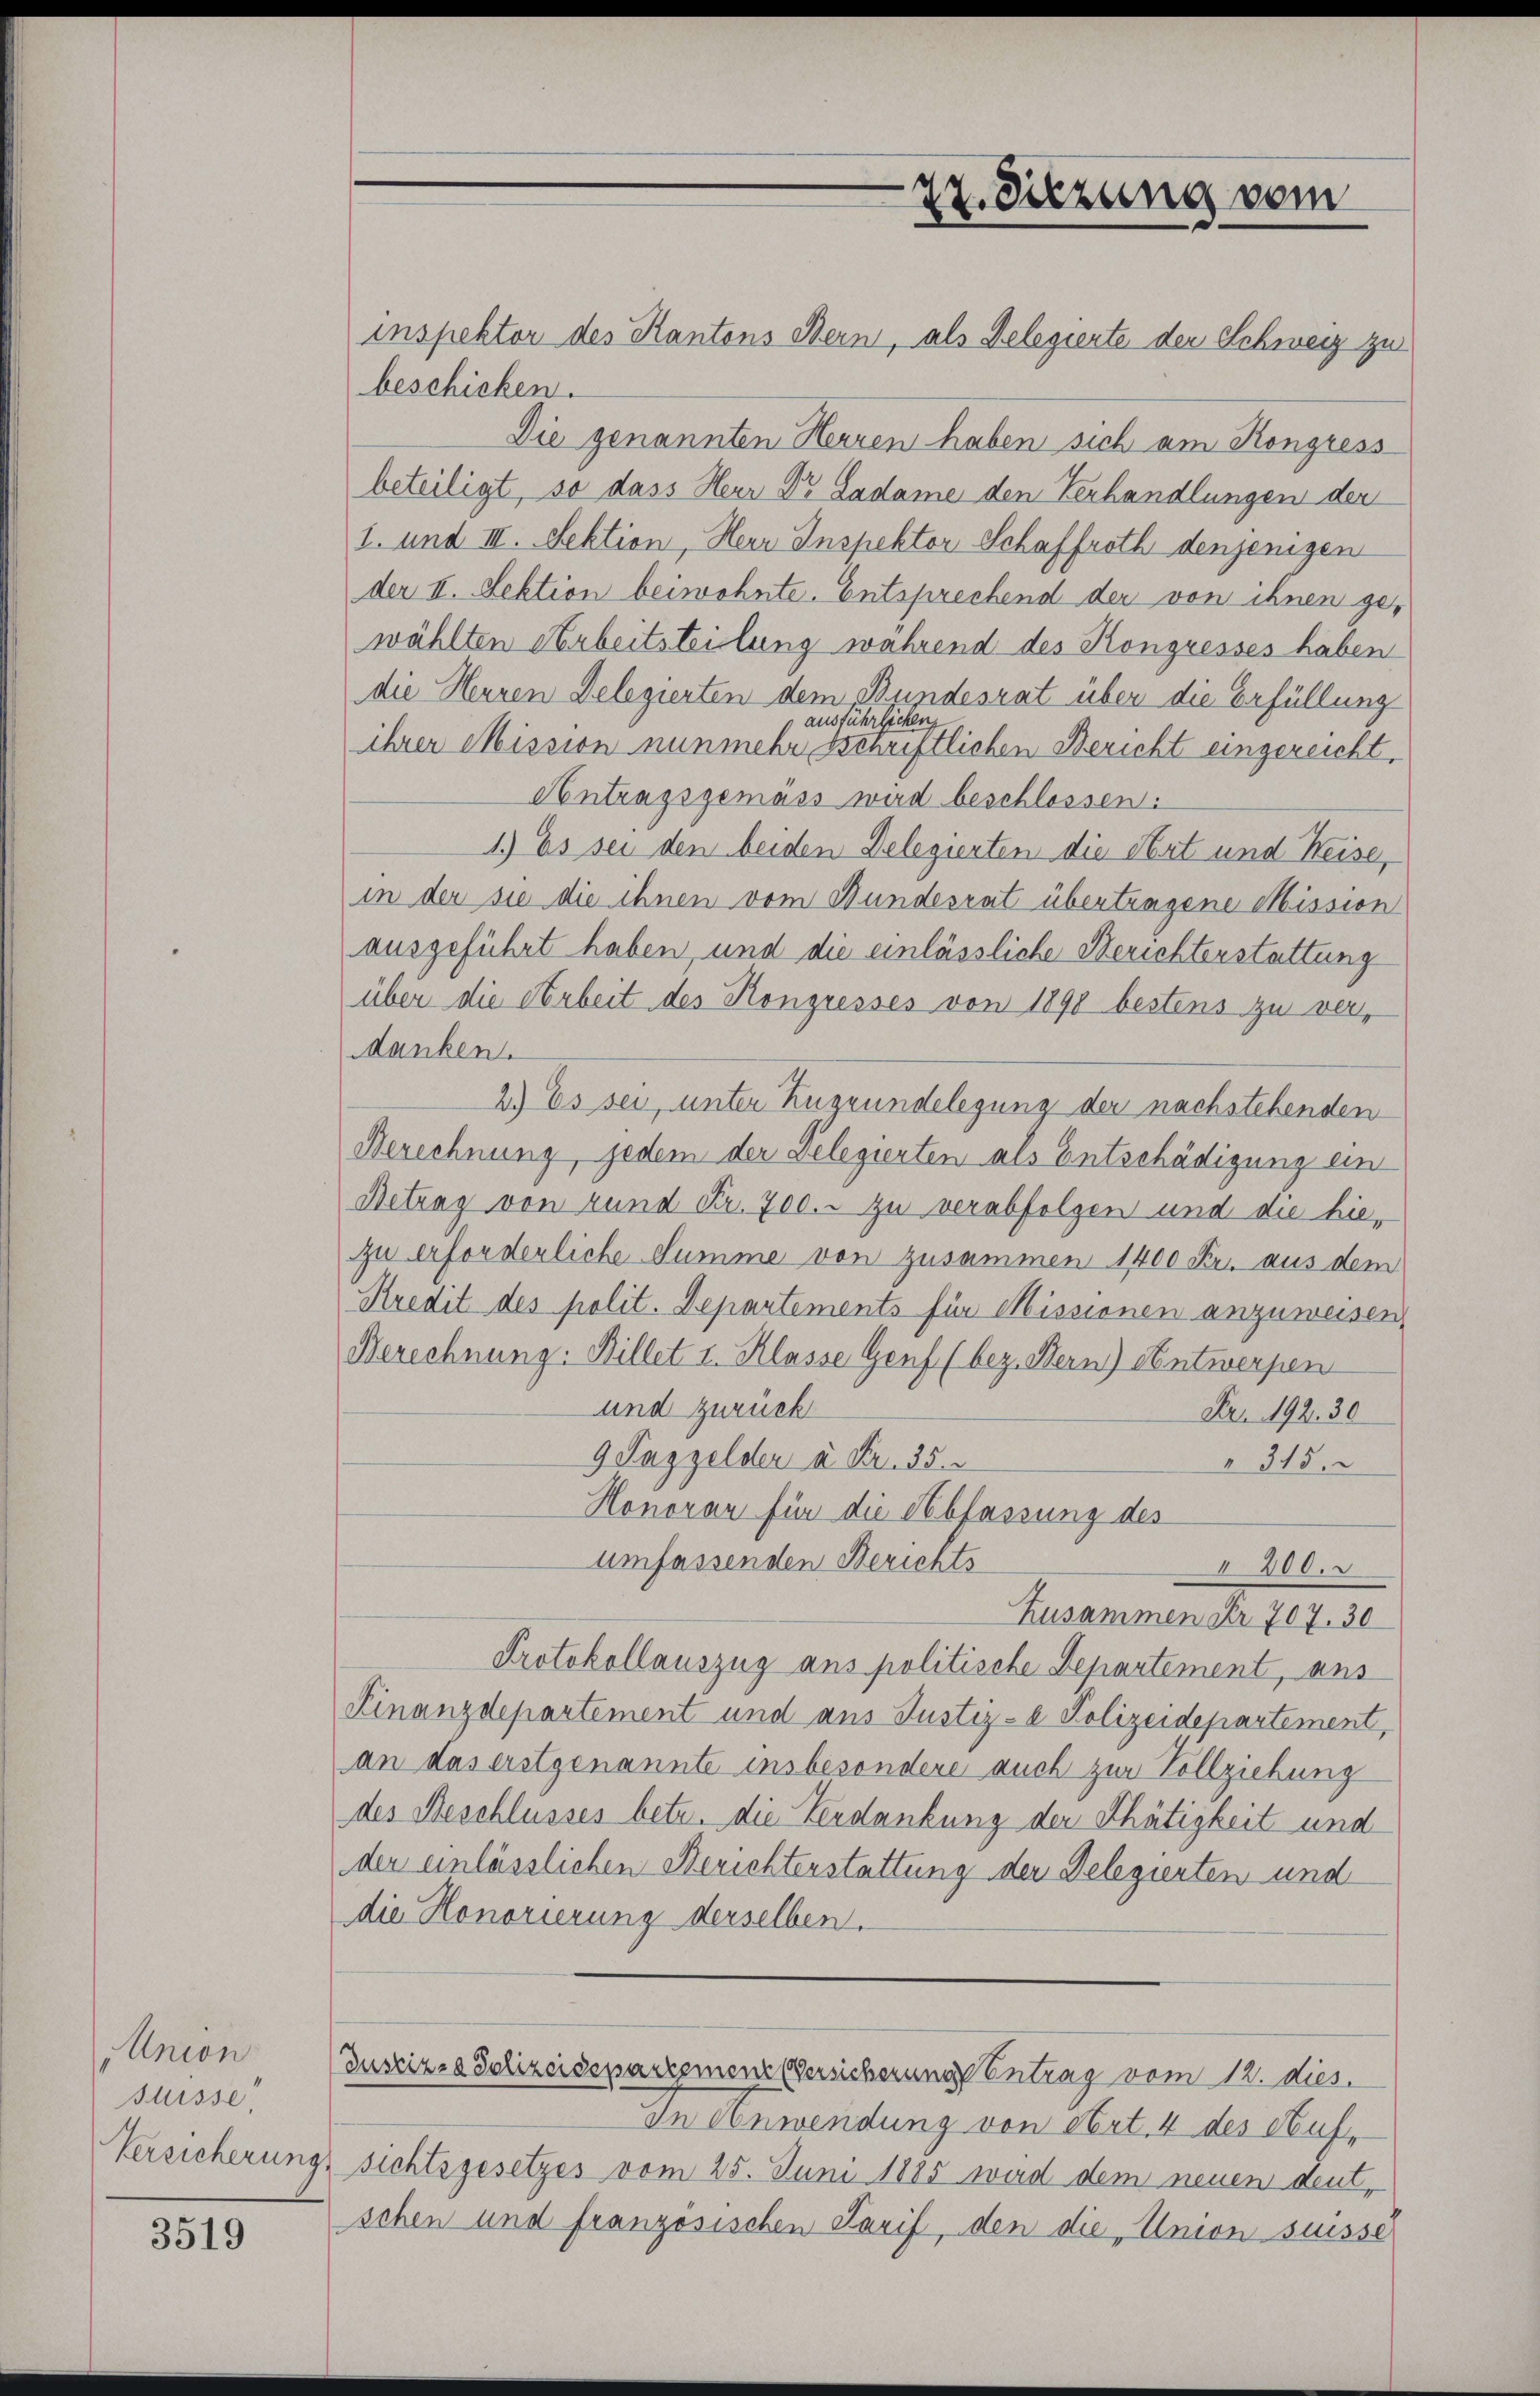
Union
suisse

3519

27. Sitzung vom

inspektor des Kantons Bern, als Delegierte der Schweiz zu
beschicken.
Die genannten Herren haben sich am Kongress
beteiligt, so dass Herr Dr. Ladame den Verhandlungen der
1. und III. Sektion, Herr Inspektor Schaffroth denjenigen
der II. Sektion beiwohnte. Entsprechend der von ihnen gewählten Arbeitsteilung während des Kongresses haben
die Heuren Delegierten dem Bundesrat über die Erfüllung
ausführlichen
ihrer Mission nunmehr schriftlichen Bericht eingereicht.
Antragsgemäss wird beschlossen:
1.) Es sei den beiden Delegierten die Art und Weise,
in der sie die ihnen vom Bundesrat übertragene Mission
ausgeführt haben, und die einlässliche Berichterstattung
über die Arbeit des Kongresses von 1898 bestens zu verdanken.
2.) Es sei, unter Zugrundelegung der nachstehenden
Berechnung, jedem der Delegierten als Entschädigung ein
Betrag von rund Fr. 700. - zu verabfolgen und die hiezu erforderliche Summe von zusammen 1400 Fr. aus dem
Kredit des polit. Departements für Missionen anzuweisen,
Berechnung: Billet I. Klasse Genf (bez. Bern) Antwerpen
und zurück
Fr. 192. 30
9 Taggelder à Fr. 35.
315.
Honorar für die Abfassung des
umfassenden Berichts
 200.
Zusammen Fr. 707. 30
Protokollauszug aus politische Departement, aus
Finanzdepartement und aus Justiz- & Polizeidepartement,
an das erstgenannte insbesondere auch zur Vollziehung
des Beschlusses betr. die Verdankung der Thätigkeit und
der einlässlichen Berichterstattung der Delegierten und
die Honorierung derselben.
Justiz- & Polizeidepartemene Versicherung Eintrag/Antrag vom 12. dies.
In Anwendung von Nert. 4 des Auf¬
Versicherung sichtsgesetzes vom 25. Juni 1885 weid dem neuen deut-
schen und französischen Tarif, den die Union suisse